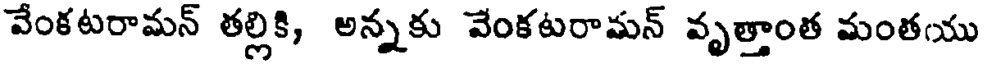
వేంకటరామన్ తల్లికి, అన్నకు వేంకటరామన్ వృత్తాంత మంతయు